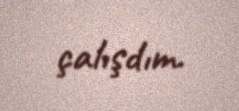
çalışdım.